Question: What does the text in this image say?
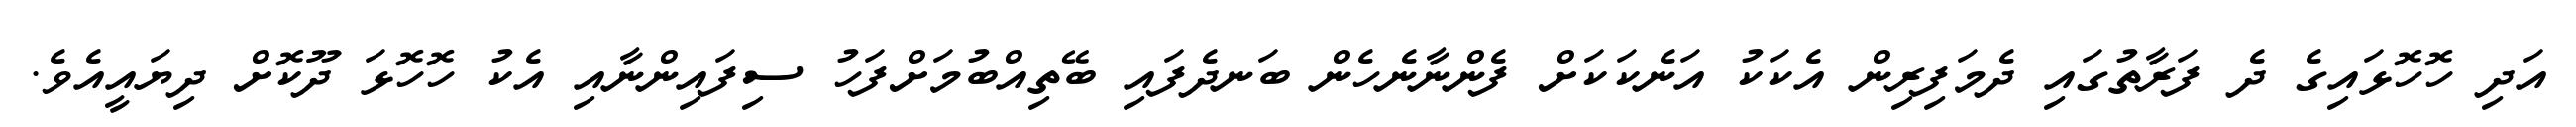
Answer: އަދި ހޮހޮޅައިގެ ދެ ފަރާތުގައި ދެމަފިރިން އެކަކު އަނެކަކަށް ފެންނާނެހެން ބަނދެފައި ބޭތިއްބުމަށްފަހު ސިފައިންނާއި އެކު ހޮހޮޅަ ދޫކޮށް ދިޔައީއެވެ.